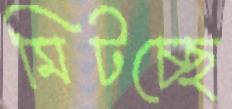
মিটচ্ছে